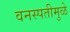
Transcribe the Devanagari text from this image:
वनस्पतीमुळे